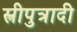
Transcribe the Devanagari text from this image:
स्त्रीपुत्रादी